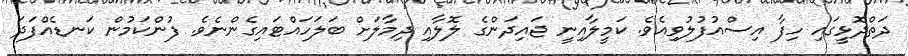
ދަތްދޮޅީގައި ހިފާ އިސްއުފުލުވިއެވެ. ކަމީލާއިނީ ޖައިދަންގެ ލޮލާއި ދިމާލަށް ބަލަހައްޓައިގެންނެވެ. ފުންކަމުން ކަނޑެއްފަދަ